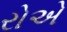
રોએ